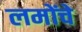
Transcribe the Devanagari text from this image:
लमोंचे